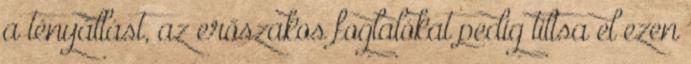
a tényállást, az erőszakos foglalókat pedig tiltsa el ezen